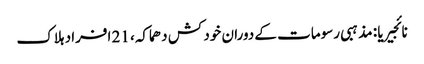
نائجیریا : مذہبی رسومات کے دوران خود کش دھماکہ، 21 افراد ہلاک